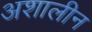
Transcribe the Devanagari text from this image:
अशालीन